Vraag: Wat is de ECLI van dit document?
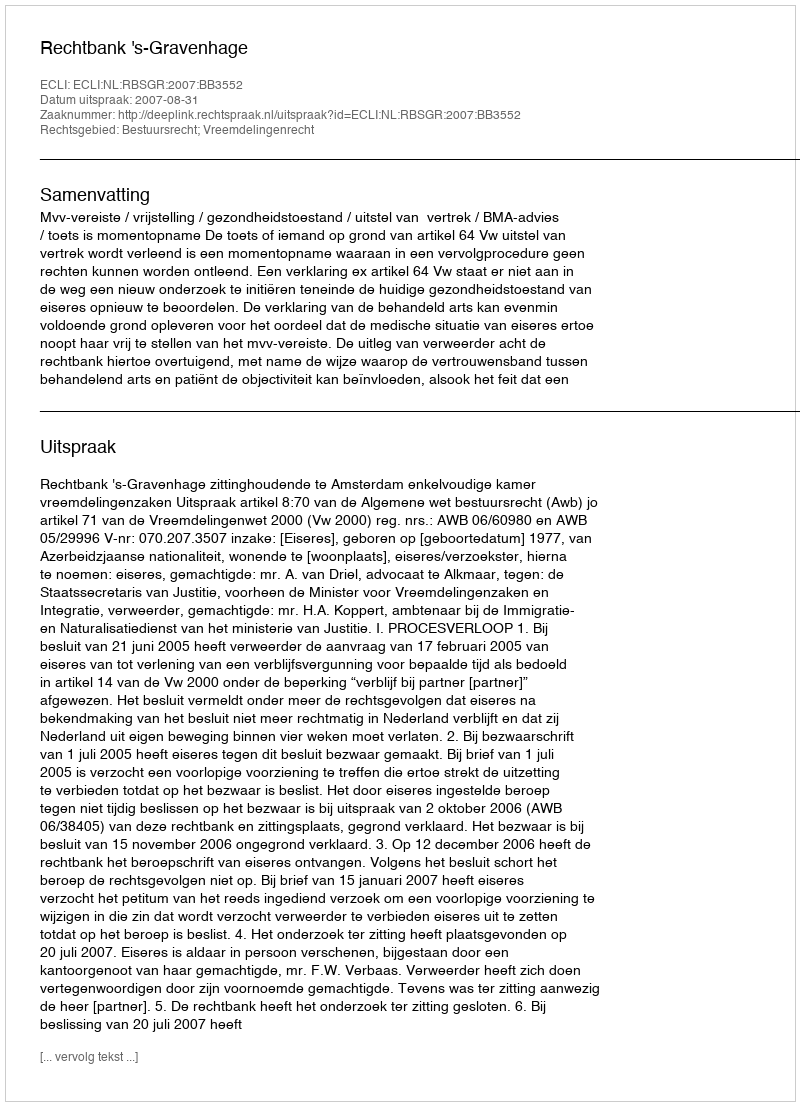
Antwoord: ECLI:NL:RBSGR:2007:BB3552